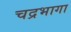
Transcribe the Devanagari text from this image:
चद्रभागा